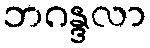
ဘဂန္ဒလာ